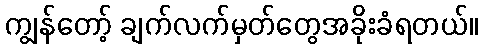
ကျွန်တော့် ချက်လက်မှတ်တွေအခိုးခံရတယ်။